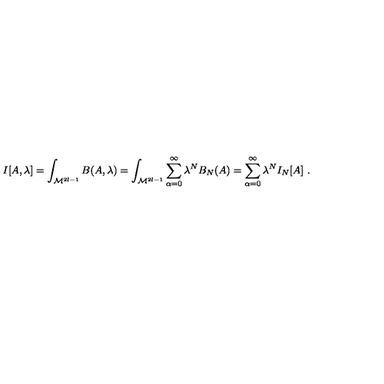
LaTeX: I [ A , \lambda ] = \int _ { { \cal M } ^ { 2 l - 1 } } B ( A , \lambda ) = \int _ { { \cal M } ^ { 2 l - 1 } } \sum _ { \alpha = 0 } ^ { \infty } \lambda ^ { N } B _ { N } ( A ) = \sum _ { \alpha = 0 } ^ { \infty } \lambda ^ { N } I _ { N } [ A ] \ .